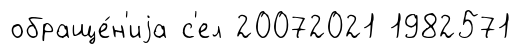
обраще́н'иjа с'ел 20072021 1982571